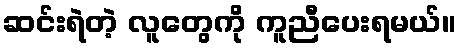
ဆင်းရဲတဲ့ လူတွေကို ကူညီပေးရမယ်။